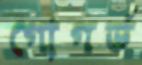
গোগর্ভ